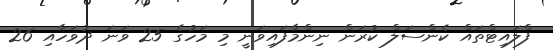
ފްލައިޓްތައް ކެންސަލް ކުރަން ނިންމާފައިވަނީ މި މަހުގެ 25 ވަނަ ދުވަހާއި 26